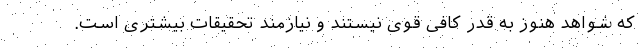
که شواهد هنوز به قدر کافی قوی نیستند و نیازمند تحقیقات بیشتری است.